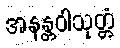
အနန္တဝါသုတ္တံ